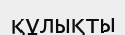
құлықты